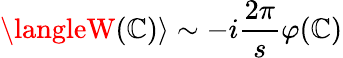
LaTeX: \langleW(\mathbb{C})\rangle\sim-i\frac{{2\pi}}{{s}}\varphi(\mathbb{C})